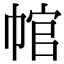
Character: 𢃙